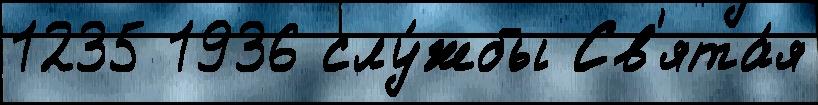
1235 1936 слу́жбы Св'ята́я